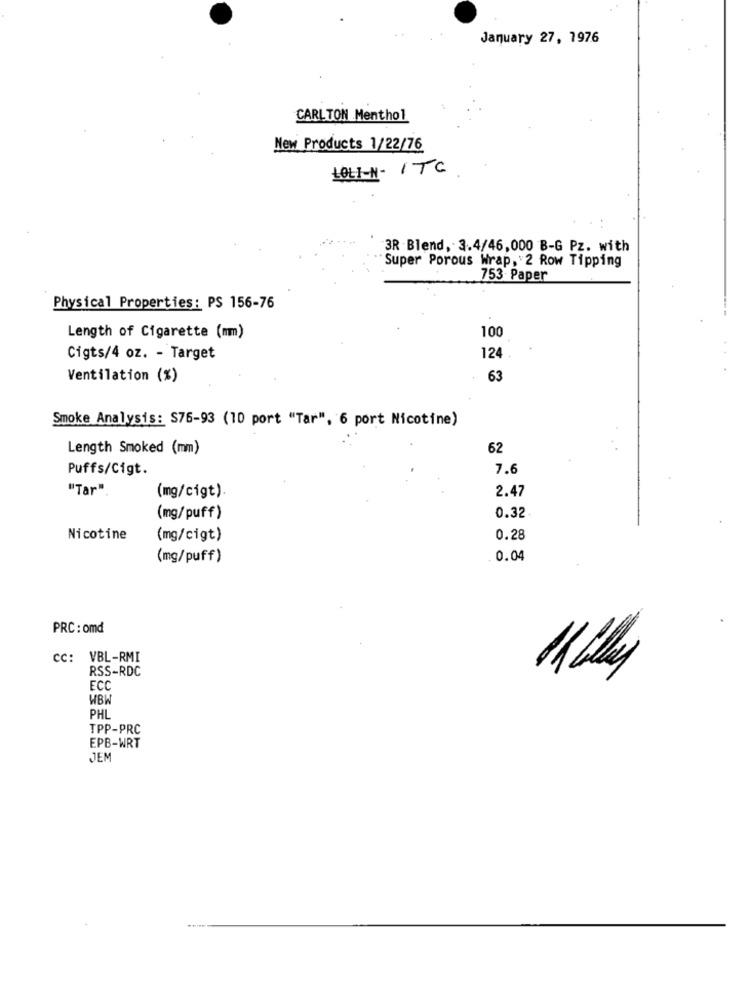
January 27, 1976
CARLTON Menthol
New Products 1/22/76
LOLI-N- ITC
3R Blend, 3.4/46, 000 B-G Pz. with
Super Porous Wrap, 2 Row Tipping
753 Paper
Physical Properties: PS 156-76
Length of Cigarette (mm)
100
Cigts/4 oz. - Target
124
Ventilation (%)
63
Smoke Analysis: S76-93 (10 port "Tar", 6 port Nicotine)
Length Smoked (mm)
62
Puffs/Cigt.
7.
"Tar"
2.47
(mg/cigt).
(mg/puff)
0.32
Nicotine
(mg/cigt)
0.28
(mg/puff)
0.04
PRC: omd
CC: VBL-RMI
RSS-RDC
ECC
WBW
PHL
TPP-PRC
EPB-WRT
JEM